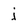
Character: j